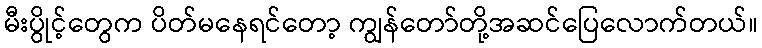
မီးပွိုင့်တွေက ပိတ်မနေရင်တော့ ကျွန်တော်တို့အဆင်ပြေလောက်တယ်။